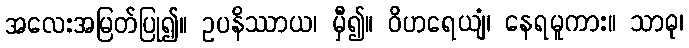
အလေးအမြတ်ပြု၍။ ဥပနိဿာယ၊ မှီ၍။ ဝိဟရေယျံ၊ နေရမူကား။ သာဓု၊